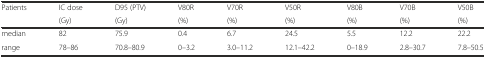
<table><thead><tr><td><b>Patients</b></td><td><b>IC dose</b></td><td><b>D95 (PTV)</b></td><td><b>V80R</b></td><td><b>V70R</b></td><td><b>V50R</b></td><td><b>V80B</b></td><td><b>V70B</b></td><td><b>V50B</b></td></tr><tr><td></td><td><b>(Gy)</b></td><td><b>(Gy)</b></td><td><b>(%)</b></td><td><b>(%)</b></td><td><b>(%)</b></td><td><b>(%)</b></td><td><b>(%)</b></td><td><b>(%)</b></td></tr></thead><tbody><tr><td>median</td><td>82</td><td>75.9</td><td>0.4</td><td>6.7</td><td>24.5</td><td>5.5</td><td>12.2</td><td>22.2</td></tr><tr><td>range</td><td>78–86</td><td>70.8–80.9</td><td>0–3.2</td><td>3.0–11.2</td><td>12.1–42.2</td><td>0–18.9</td><td>2.8–30.7</td><td>7.8–50.5</td></tr></tbody></table>